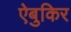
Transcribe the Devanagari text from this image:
ऐबुकिर